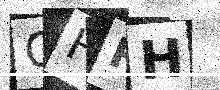
Text: CHRH